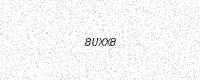
Text: 8UXX8